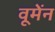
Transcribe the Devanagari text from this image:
वूमेंन